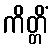
ကိတ္တိံ